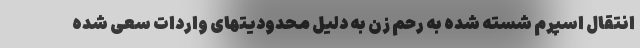
انتقال اسپرم شسته شده به رحم زن به دلیل محدودیتهای واردات سعی شده